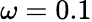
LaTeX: \omega=0.1